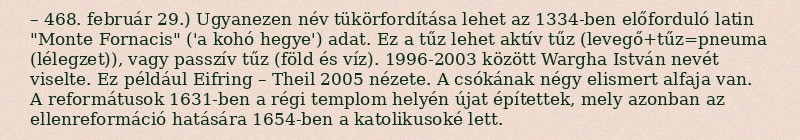
– 468. február 29.) Ugyanezen név tükörfordítása lehet az 1334-ben előforduló latin "Monte Fornacis" ('a kohó hegye') adat. Ez a tűz lehet aktív tűz (levegő+tűz=pneuma (lélegzet)), vagy passzív tűz (föld és víz). 1996-2003 között Wargha István nevét viselte. Ez például Eifring – Theil 2005 nézete. A csókának négy elismert alfaja van. A reformátusok 1631-ben a régi templom helyén újat építettek, mely azonban az ellenreformáció hatására 1654-ben a katolikusoké lett.